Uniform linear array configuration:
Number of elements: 16
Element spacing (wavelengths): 0.5
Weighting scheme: uniform
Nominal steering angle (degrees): -60
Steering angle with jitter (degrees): -61.291
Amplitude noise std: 0.05
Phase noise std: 0.05

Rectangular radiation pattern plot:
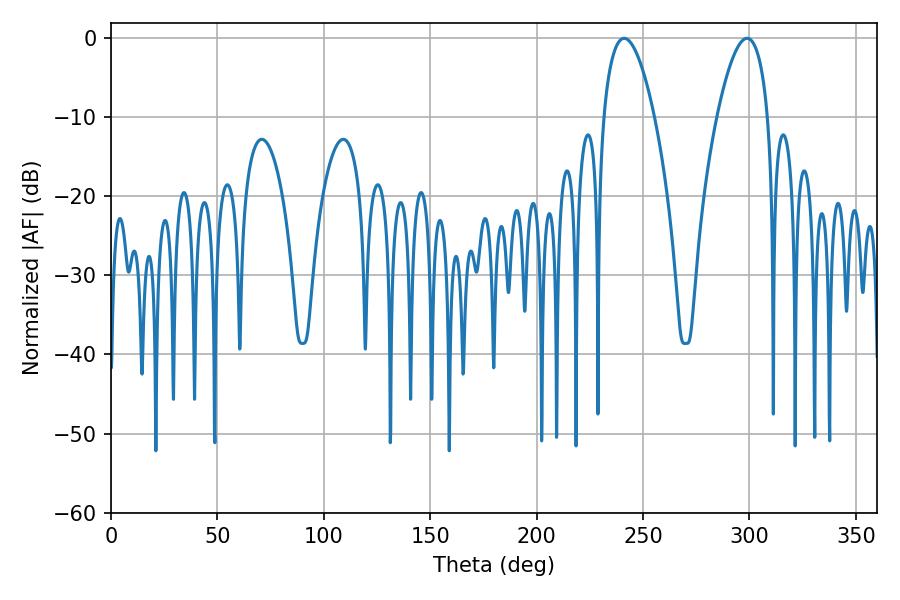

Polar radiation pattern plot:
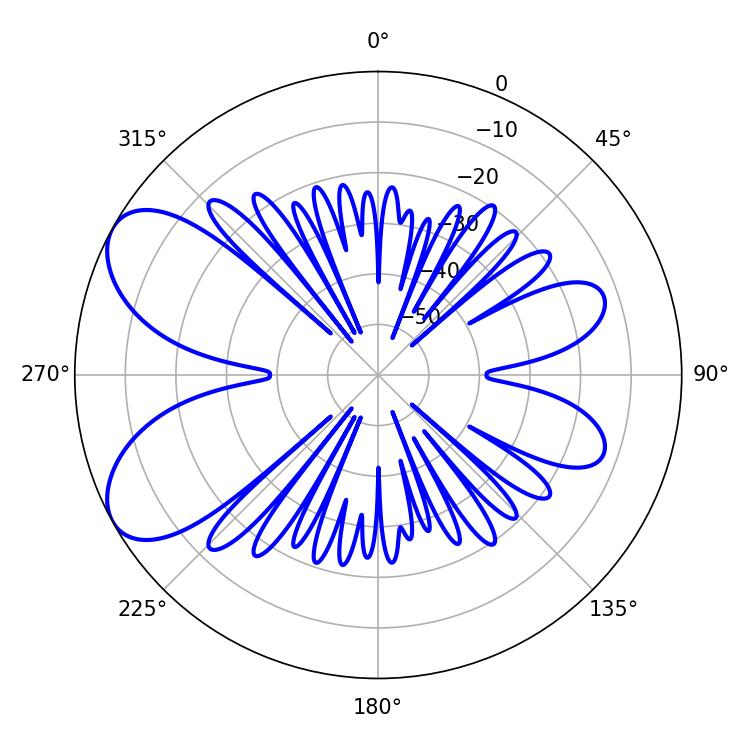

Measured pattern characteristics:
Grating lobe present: FALSE
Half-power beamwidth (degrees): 13.14
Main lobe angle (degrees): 241.2